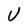
Character: U